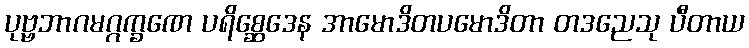
ပုဗ္ဗဘာဂမဂ္ဂက္ခဏေ ပရိစ္ဆေဒေန အာမောဒိတပမောဒိတာ တဒညေသု ပီတာယ